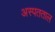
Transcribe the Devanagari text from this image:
अस्पतताल